Report on the bubonic plague in Bombay, 1896-1897
Year: 1896
Disease focus: Plague
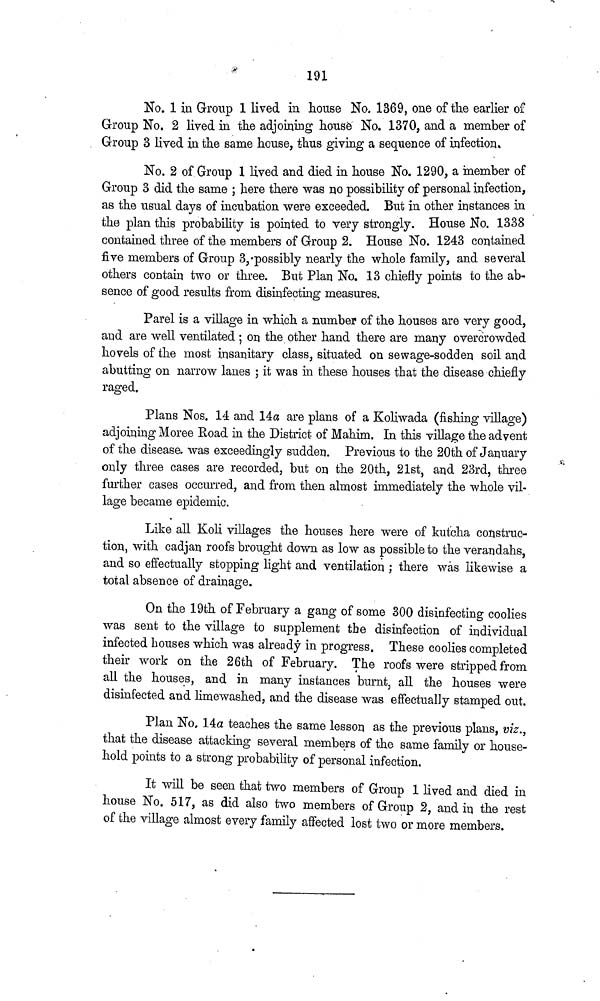
191
No. 1 in Group 1 lived in house No. 1369, one of the earlier of
Group No. 2 lived in the adjoining house No. 1370, and a member of
Group 3 lived in the same house, thus giving a sequence of infection»
No. 2 of Group 1 lived and died in house No. 1290, a member of
Group 3 did the same ; here there was no possibility of personal infection,
as the usual days of incubation were exceeded. But in other instances in
the plan this probability is pointed to very strongly. House Ko. 1338
contained three of the members of Group 2. House No. 1243 contained
five members of Group 3,-possibly nearly the whole family, and several
others contain two or three. But Plan No. 13 chiefly points to the ab-
sence of good results from disinfecting measures.
Parel is a village in which a number of the houses are very good,
and are well ventilated ; on the other hand there are many overcrowded
hovels of the most insanitary class, situated on sewage-sodden soil and
abutting on narrow lanes ; it was in these houses that the disease chiefly
raged.
Plans Nos. 14 and 14α are plans of a Koliwada (fishing village)
adjoining Moree Road in the District of Mahim. In this village the advent
of the disease. was exceedingly sudden. Previous to the 20th of January
only three cases are recorded, but on the 20th, 21st, and 23rd, three
further cases occurred, and from then almost immediately the whole vil
lage became epidemic.
Like all Koli villages the houses here were of kutcha construc-
tion, with cadjan roofs brought down as low as possible to the verandahs,
and so effectually stopping light and ventilation ; there was likewise a
total absence of drainage.
On the 19th of February a gang of some 300 disinfecting coolies
was sent to the village to supplement the disinfection of individual
infected houses which was already in progress. These coolies completed
their work on the 26th of February. The roofs were stripped from
all the houses, and in many instances burnt, all the houses were
disinfected and limewashed, and the disease was effectually stamped out.
Plan No. 14α teaches the same lesson as the previous plans, viz.,
that the disease attacking several members of the same family or house-
hold points to a strong probability of personal infection.
It will be seen that two members of Group 1 lived and died in
house No. 517, as did also two members of Group 2, and in the rest
of the village almost every family affected lost two or more members.